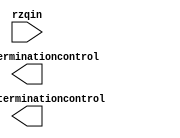
// megafunction wizard: %ALTOCT%VBB%
// GENERATION: STANDARD
// VERSION: WM1.0
// MODULE: ALT_OCT_POWER 

// ============================================================
// Megafunction Name(s):
// 			ALT_OCT_POWER
//
// Simulation Library Files(s):
// 			altera_mf
// ============================================================
// ************************************************************
// THIS IS A WIZARD-GENERATED FILE. DO NOT EDIT THIS FILE!
//
// 12.1 Build 177 11/07/2012 SJ Full Version
// ************************************************************

//Copyright (C) 1991-2012 Altera Corporation
//Your use of Altera Corporation's design tools, logic functions 
//and other software and tools, and its AMPP partner logic 
//functions, and any output files from any of the foregoing 
//(including device programming or simulation files), and any 
//associated documentation or information are expressly subject 
//to the terms and conditions of the Altera Program License 
//Subscription Agreement, Altera MegaCore Function License 
//Agreement, or other applicable license agreement, including, 
//without limitation, that your use is for the sole purpose of 
//programming logic devices manufactured by Altera and sold by 
//Altera or its authorized distributors.  Please refer to the 
//applicable agreement for further details.

module DDR3_OCT (
	rzqin,
	parallelterminationcontrol,
	seriesterminationcontrol)/* synthesis synthesis_clearbox = 1 */;

	input	[0:0]  rzqin;
	output	[15:0]  parallelterminationcontrol;
	output	[15:0]  seriesterminationcontrol;

endmodule

// ============================================================
// CNX file retrieval info
// ============================================================
// Retrieval info: PRIVATE: INTENDED_DEVICE_FAMILY STRING "Cyclone V"
// Retrieval info: PRIVATE: SYNTH_WRAPPER_GEN_POSTFIX STRING "0"
// Retrieval info: CONSTANT: INTENDED_DEVICE_FAMILY STRING "Cyclone V"
// Retrieval info: CONSTANT: LPM_TYPE STRING "ALT_OCT_POWER"
// Retrieval info: CONSTANT: width_ptc NUMERIC "16"
// Retrieval info: CONSTANT: width_stc NUMERIC "16"
// Retrieval info: USED_PORT: parallelterminationcontrol 0 0 16 0 OUTPUT NODEFVAL "parallelterminationcontrol[15..0]"
// Retrieval info: USED_PORT: rzqin 0 0 1 0 INPUT NODEFVAL "rzqin[0..0]"
// Retrieval info: USED_PORT: seriesterminationcontrol 0 0 16 0 OUTPUT NODEFVAL "seriesterminationcontrol[15..0]"
// Retrieval info: CONNECT: @rzqin 0 0 1 0 rzqin 0 0 1 0
// Retrieval info: CONNECT: parallelterminationcontrol 0 0 16 0 @parallelterminationcontrol 0 0 16 0
// Retrieval info: CONNECT: seriesterminationcontrol 0 0 16 0 @seriesterminationcontrol 0 0 16 0
// Retrieval info: GEN_FILE: TYPE_NORMAL DDR3_OCT.v TRUE
// Retrieval info: GEN_FILE: TYPE_NORMAL DDR3_OCT.inc FALSE
// Retrieval info: GEN_FILE: TYPE_NORMAL DDR3_OCT.cmp FALSE
// Retrieval info: GEN_FILE: TYPE_NORMAL DDR3_OCT.bsf FALSE
// Retrieval info: GEN_FILE: TYPE_NORMAL DDR3_OCT_inst.v FALSE
// Retrieval info: GEN_FILE: TYPE_NORMAL DDR3_OCT_bb.v TRUE
// Retrieval info: LIB_FILE: altera_mf